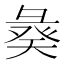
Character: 𢑣